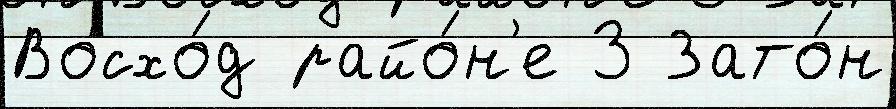
Восхо́д райо́н'е 3 Зато́н